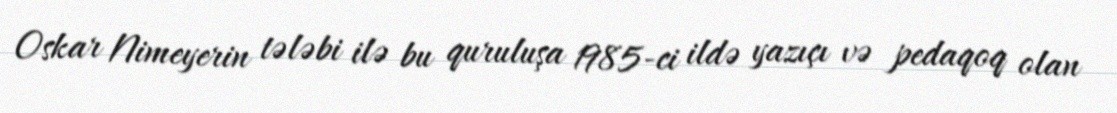
Oskar Nimeyerin tələbi ilə bu quruluşa 1985-ci ildə yazıçı və pedaqoq olan